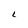
Character: L